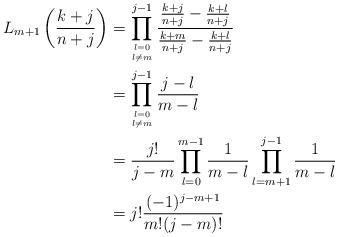
LaTeX: \begin{align*}L_{m+1} \left( \frac{k+j}{n+j} \right) & = \prod_{l=0 \atop l \neq m}^{j-1} \frac{\frac{k+j}{n+j} - \frac{k+l}{n+j}}{\frac{k+m}{n+j} - \frac{k+l}{n+j}} \\& = \prod_{l=0 \atop l \neq m}^{j-1} \frac{j-l}{m-l} \\& = \frac{j!}{j-m} \prod_{l=0}^{m-1} \frac{1}{m-l} \prod_{l=m+1}^{j-1} \frac{1}{m-l} \\& = j! \frac{(-1)^{j-m+1}}{m!(j-m)!}\end{align*}